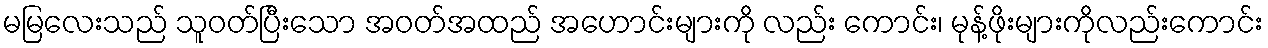
မမြလေးသည် သူဝတ်ပြီးသော အဝတ်အထည် အဟောင်းများကို လည်း ကောင်း၊ မုန့်ဖိုးများကိုလည်းကောင်း